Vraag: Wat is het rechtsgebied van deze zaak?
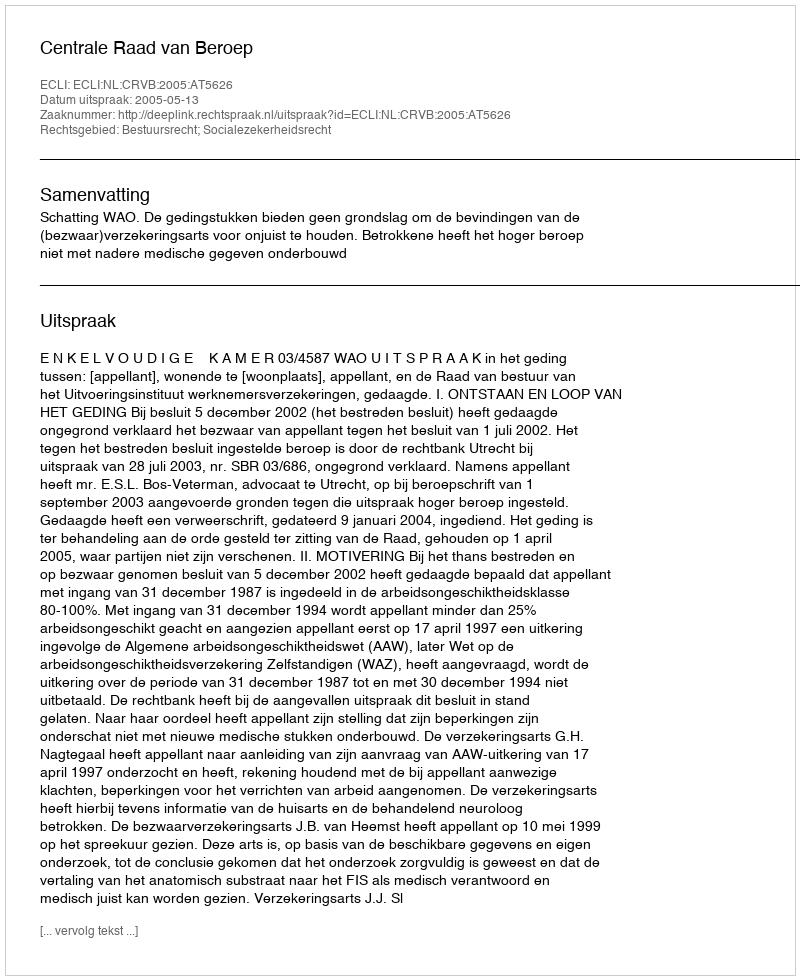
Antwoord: Bestuursrecht; Socialezekerheidsrecht